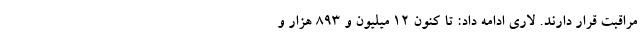
مراقبت قرار دارند. لاری ادامه داد: تا کنون ۱۲ میلیون و ۸۹۳ هزار و